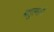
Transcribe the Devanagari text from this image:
बाहुल्यांची